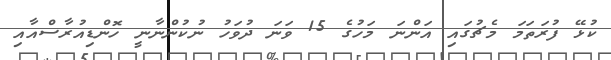
ކުޅޭ ފުރަތަމަ މެޗުގައި އަންނަ މަހުގެ 15 ވަނަ ދުވަހު ނުކުންނާނީ ހޮންޑިއުރާސްއާއި